Senior Leaving Certificate Examination (including Day School Certificate (Higher) General paper), 1948
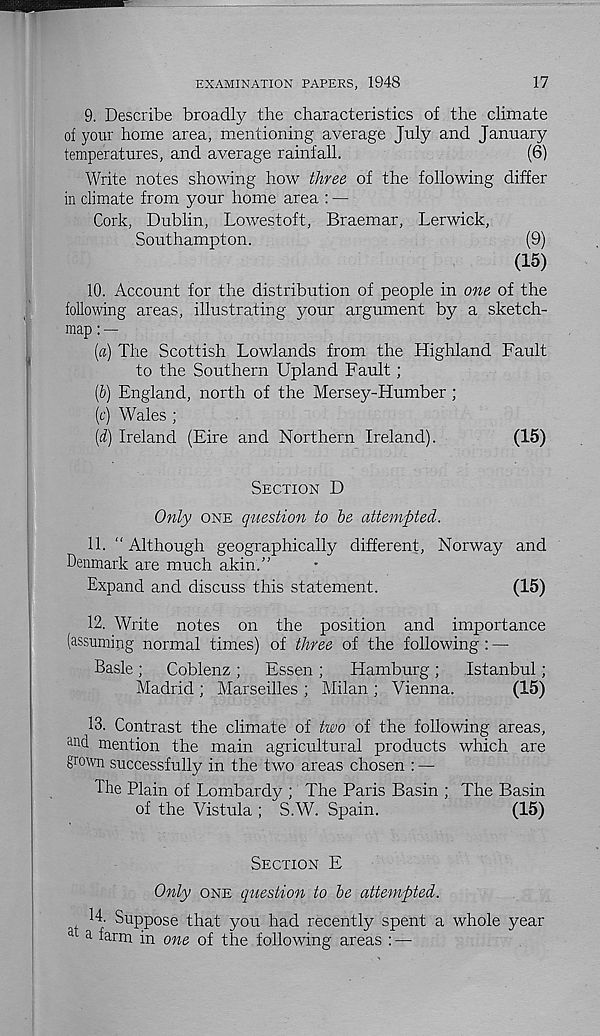
EXAMINATION PAPERS, 1948
17
9. Describe broadly the characteristics of the climate
of your home area, mentioning average July and January
temperatures, and average rainfall.
(6)
Write notes showing how three of the following differ
in climate from your home area : —
Cork, Dublin, Lowestoft, Braemar, Lerwick,
Southampton.
(9)
(15)
10. Account for the distribution of people in one of the
following areas, illustrating your argument by a sketch-
map : —
[а] The Scottish Lowlands from the Highland Fault
to the Southern Upland Fault ;
(б) England, north of the Mersey-Humber ;
(c) Wales ;
[d) Ireland (Eire and Northern Ireland).
(15)
SECTION D
Only ONE question to he attempted.
11. “ Although geographically different, Norway and
Denmark are much akin.”
Expand and discuss this statement.
(15)
12. Write notes on the position and importance
(assuming normal times) of three of the following : —
Basle ; Coblenz ; Essen ; Hamburg ; Istanbul;
Madrid ; Marseilles ; Milan ; Vienna.
(15)
13. Contrast the climate of two of the following areas,
an d mention the main agricultural products which are
grown successfully in the two areas chosen : —
The Plain of Lombardy ; The Paris Basin ; The Basin
of the Vistula ; S.W. Spain.
(15)
SECTION E
Only ONE question to he attempted.
14. Suppose that you had recently spent a whole year
a a farm in one of the following areas : —